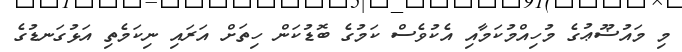
މި މައުޟޫޢުގެ މުހިއްމުކަމާއި އެކުވެސް ކަމުގެ ބޮޑުކަން ހިތަށް އަރައި ނިކަމެތި އަޅުގަނޑުގެ